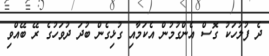
ދެ ފުލުހަކު ގޮސް އެންގުމުން އެކަމާއި ގުޅިގެން ބުދަ ދުވަހުގެ ރޭ ބޭއްވި